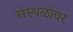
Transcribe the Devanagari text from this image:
संस्थळांवर